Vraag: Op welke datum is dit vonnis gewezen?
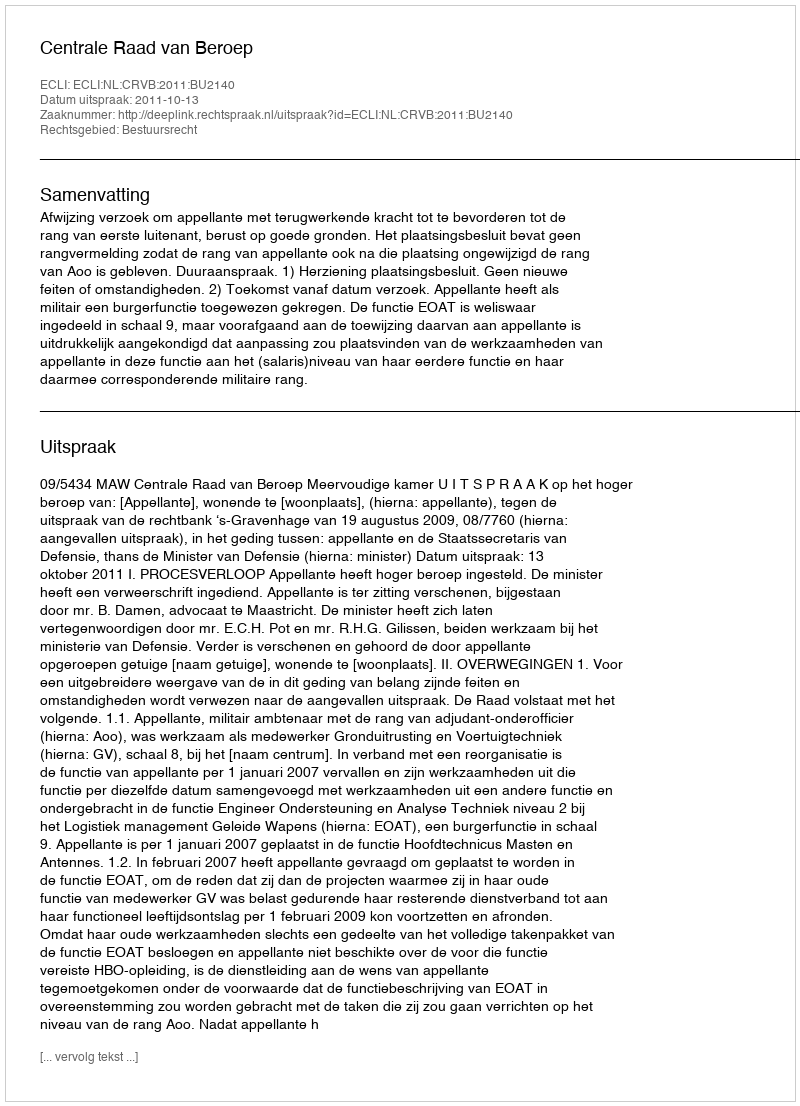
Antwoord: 2011-10-13